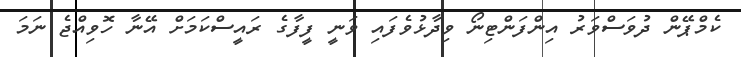
ކެމްޕޭން ދުވަސްވަރު އިންފަންޓިނޯ ވިދާޅުވެފައި ވަނީ ފީފާގެ ރައީސްކަމަށް އޭނާ ހޮވިއްޖެ ނަމަ